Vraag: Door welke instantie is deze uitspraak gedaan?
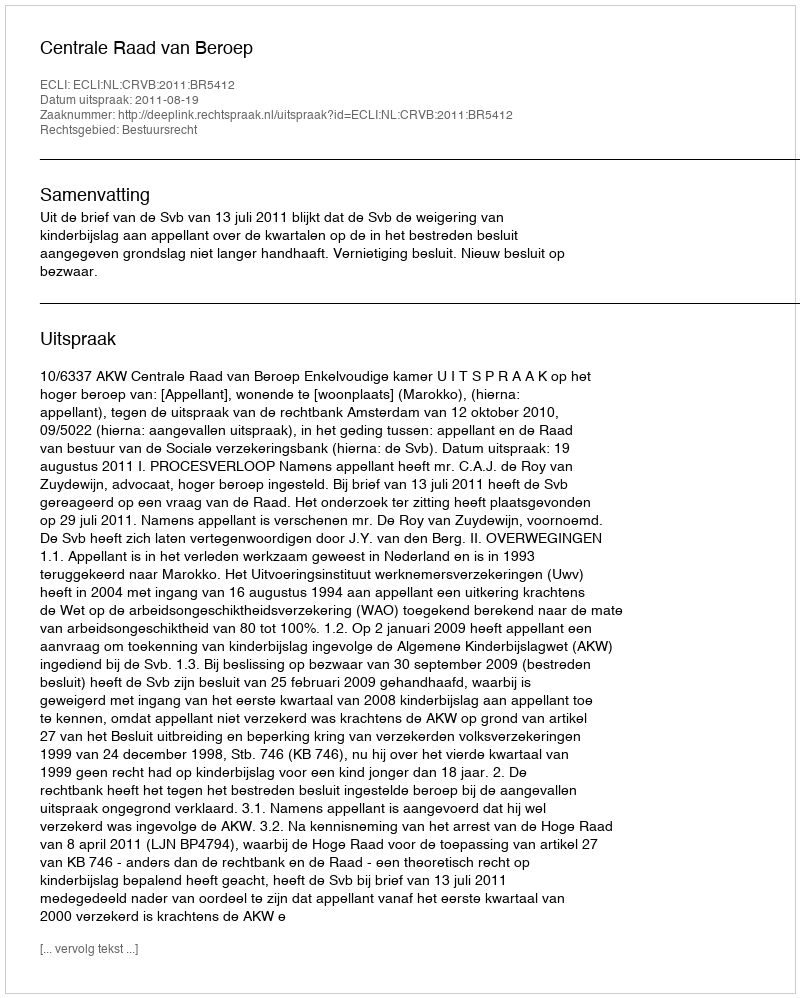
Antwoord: Centrale Raad van Beroep